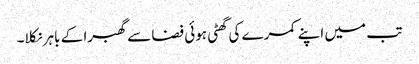
تب میں اپنے کمرے کی گھٹی ہوئی فضا سے گھبرا کے باہر نکلا۔